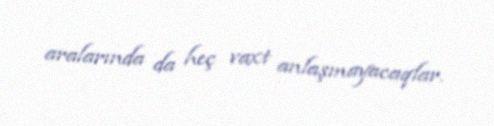
aralarında da heç vaxt anlaşmayacaqlar.